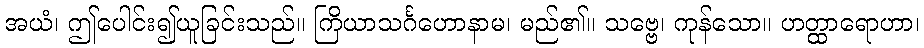
အယံ၊ ဤပေါင်း၍ယူခြင်းသည်။ ကြိယာသင်္ဂဟောနာမ၊ မည်၏။ သဗ္ဗေ၊ ကုန်သော။ ဟတ္ထာရောဟာ၊